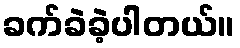
ခက်ခဲခဲ့ပါတယ်။